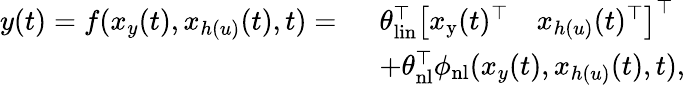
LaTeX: \begin{array}{rl}{y(t)=f(x_{y}(t),x_{h(u)}(t),t)=\ }&{\theta_{\mathrm{lin}}^{\top}\left[\begin{array}{ll}{x_{\mathrm{y}}(t)^{\top}}&{x_{h(u)}(t)^{\top}}\end{array}\right]^{\top}}\\ &{+\theta_{\mathrm{nl}}^{\top}\phi_{\mathrm{nl}}(x_{y}(t),x_{h(u)}(t),t),}\end{array}